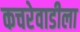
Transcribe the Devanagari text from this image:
कचरेवाडीला